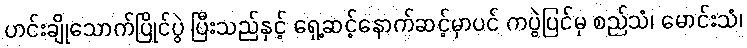
ဟင်းချိုသောက်ပြိုင်ပွဲ ပြီးသည်နှင့် ရှေ့ဆင့်နောက်ဆင့်မှာပင် ကပွဲပြင်မှ စည်သံ၊ မောင်းသံ၊